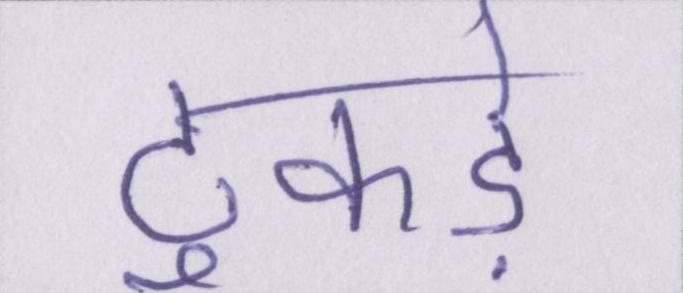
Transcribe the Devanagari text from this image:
टुकड़े